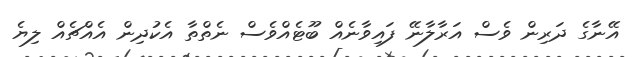
އޭނާގެ ދަރިން ވެސް އަރާލާނޭ ފައިވާނެއް ބޫޓެއްވެސް ނެތްތާ އެކުދިން އެއްޗެއް ލިޔެ